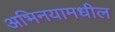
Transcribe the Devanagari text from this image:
अभिनयामधील